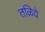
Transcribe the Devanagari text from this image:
तळिये